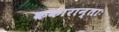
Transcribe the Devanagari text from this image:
ककारान्ताः